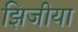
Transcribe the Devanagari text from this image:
झिजीया